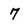
Character: 7